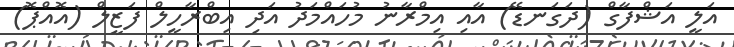
އަލީ އަޝްފާގް (ދަގަނޑޭ) އާއި އިމްރާނު މުހައްމަދު އަދި އިބްރާހީލް ފަޒީލް (އޮއްޕޮ)